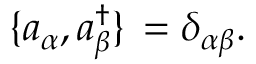
\lbrace a _ { \alpha } , a _ { \beta } ^ { \dagger } \rbrace \, = \delta _ { \alpha \beta } .